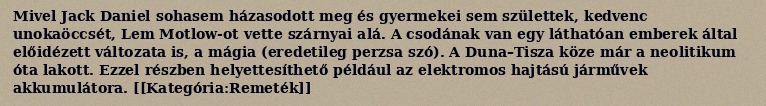
Mivel Jack Daniel sohasem házasodott meg és gyermekei sem születtek, kedvenc unokaöccsét, Lem Motlow-ot vette szárnyai alá. A csodának van egy láthatóan emberek által előidézett változata is, a mágia (eredetileg perzsa szó). A Duna–Tisza köze már a neolitikum óta lakott. Ezzel részben helyettesíthető például az elektromos hajtású járművek akkumulátora. [[Kategória:Remeték]]